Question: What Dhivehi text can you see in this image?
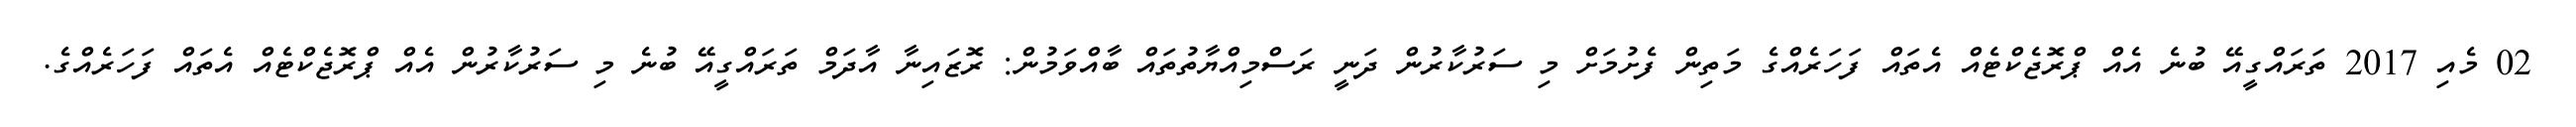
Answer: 02 މެއި 2017 ތަރައްގީއޭ ބުނެ އެއް ޕްރޮޖެކްޓެއް އެތައް ފަހަރެއްގެ މަތިން ފެށުމަށް މި ސަރުކާރުން ދަނީ ރަސްމިއްޔާތުތައް ބާއްވަމުން: ރޮޒައިނާ އާދަމް ތަރައްގީއޭ ބުނެ މި ސަރުކާރުން އެއް ޕްރޮޖެކްޓެއް އެތައް ފަހަރެއްގެ.